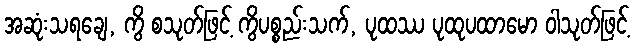
အဆုံးသရချေ, ကွိ စသုတ်ဖြင့် ကွိပစ္စည်းသက်, ပုထဿ ပုထုပထာမော ဝါသုတ်ဖြင့်